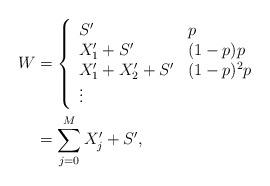
LaTeX: \begin{align*} W &= \left\{\begin{array}{ll}S' & p\\X'_1+S' & (1-p)p\\X'_1+X'_2+S' & (1-p)^2p\\\vdots \end{array}\right.\\ &= \sum_{j=0}^M X'_j+S', \end{align*}